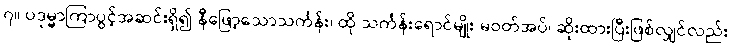
၇။ ပဒုမ္မာကြာပွင့်အဆင်းရှိ၍ နီဖြော့သောသင်္ကန်း၊ ထို သင်္ကန်းရောင်မျိုး မဝတ်အပ်၊ ဆိုးထားပြီးဖြစ်လျှင်လည်း